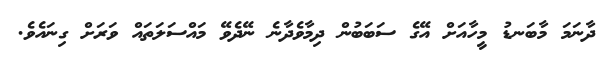
ދާނަމަ މާބަނޑު މީހާއަށް އޭގެ ސަބަބުން ދިމާވެދާނެ ނޭދެވޭ މައްސަލަތައް ވަރަށް ގިނައެވެ.